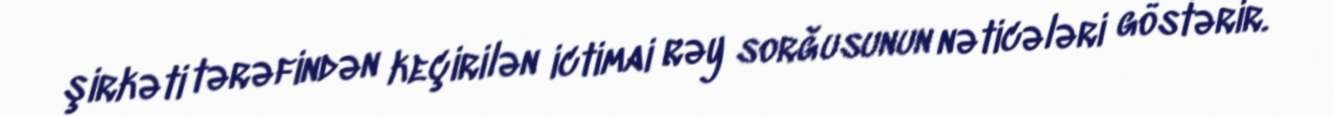
şirkəti tərəfindən keçirilən ictimai rəy sorğusunun nəticələri göstərir.